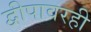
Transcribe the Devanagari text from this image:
द्वीपावरही